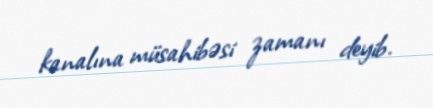
kanalına müsahibəsi zamanı deyib.